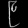
Digit: ၉